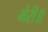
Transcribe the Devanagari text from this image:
भेरी॥